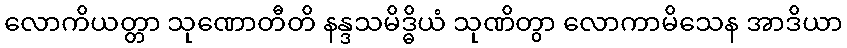
လောကိယတ္တာ သုဏောတီတိ နန္ဒသမိဒ္ဓိယံ သုဏိတွာ လောကာမိသေန အာဒိယာ